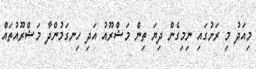
މިއަދު މި ރަށުގައި ނިމިގެން ދިޔަ ތިން މަޝްރޫއު އަދި ހިނގަމުންދާ މަޝްރޫއުތައް